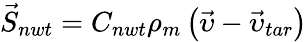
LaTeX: \vec{S}_{nwt}=C_{nwt}\rho_{m}\left(\vec{\upsilon}-\vec{\upsilon}_{tar}\right)